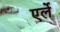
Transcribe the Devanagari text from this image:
एर्ले